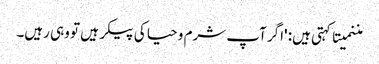
مننمیتا کہتی ہیں: 'اگر آپ شرم و حیا کی پیکر ہیں تو وہی رہیں۔